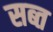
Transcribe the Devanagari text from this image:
सब्त